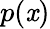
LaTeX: p(\mathit{x})